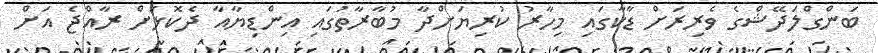
ބަންގްލަދޭޝްގެ ވެރިރަށް ޑާކާގައި މިހާރު ކުރިޔަށްދާ މުބާރާތުގައި އިންޑިޔާއާ ދެކޮޅަށް ރާއްޖެ އަށް